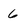
Character: 6